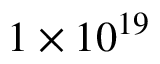
1 \times 1 0 ^ { 1 9 }